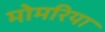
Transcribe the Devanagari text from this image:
मोमरिया